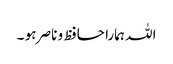
اللہ ہمارا حافظ و ناصر ہو ۔